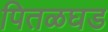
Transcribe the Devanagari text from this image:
पितळघड